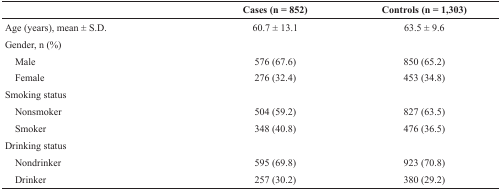
<table><thead><tr><td></td><td><b>Cases (n = 852)</b></td><td><b>Controls (n = 1,303)</b></td></tr></thead><tbody><tr><td>Age (years), mean ± S.D.</td><td>60.7 ± 13.1</td><td>63.5 ± 9.6</td></tr><tr><td>Gender, n (%)</td><td></td><td></td></tr><tr><td> Male</td><td>576 (67.6)</td><td>850 (65.2)</td></tr><tr><td> Female</td><td>276 (32.4)</td><td>453 (34.8)</td></tr><tr><td>Smoking status</td><td></td><td></td></tr><tr><td> Nonsmoker</td><td>504 (59.2)</td><td>827 (63.5)</td></tr><tr><td> Smoker</td><td>348 (40.8)</td><td>476 (36.5)</td></tr><tr><td>Drinking status</td><td></td><td></td></tr><tr><td> Nondrinker</td><td>595 (69.8)</td><td>923 (70.8)</td></tr><tr><td> Drinker</td><td>257 (30.2)</td><td>380 (29.2)</td></tr></tbody></table>